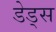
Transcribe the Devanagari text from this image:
डेड्स